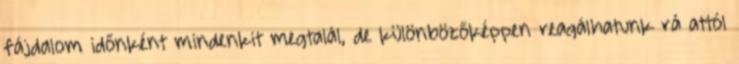
fájdalom időnként mindenkit megtalál, de különbözőképpen reagálhatunk rá attól